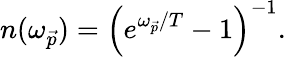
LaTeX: n(\omega_{\vec{p}})=\left(e^{\omega_{\vec{p}}/T}-1\right)^{-1}.